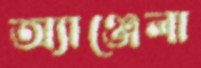
অ্যাঞ্জেলা